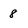
Character: 8